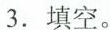
3.填空。